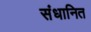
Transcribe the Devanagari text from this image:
संधानित